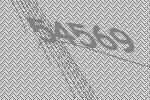
54569